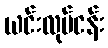
ယင်းလုပ်ငန်း